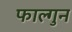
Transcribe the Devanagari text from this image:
फाल्‍गुन